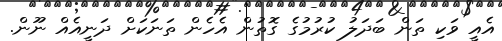
އެއީ ވަކި ތަން ބަދަލު ކުރުމުގެ ގޮތުން އެހެން ތަނަކަށް ދަނީއެއް ނޫން.